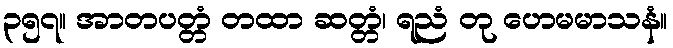
၃၅၇။ အာတပတ္တံ တထာ ဆတ္တံ၊ ရညံ တု ဟေမမာသနံ။